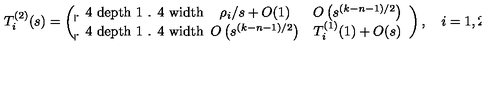
\renewcommand { \arraystretch } { 1 . 4 } T _ { i } ^ { ( 2 ) } ( s ) = \left( \begin{array} { c c } { \rho _ { i } / s + O ( 1 ) } & { O \left( s ^ { ( k - n - 1 ) / 2 } \right) } \\ { O \left( s ^ { ( k - n - 1 ) / 2 } \right) } & { T _ { i } ^ { ( 1 ) } ( 1 ) + O ( s ) } \\ \end{array} \right) , \quad i = 1 , 2 , 3 .